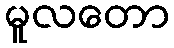
မူလတော